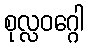
စုလ္လဝဂ္ဂေါ